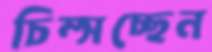
চিম্‌সচ্ছেন